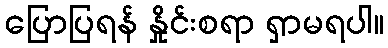
ပြောပြရန် နှိုင်းစရာ ရှာမရပါ။